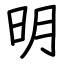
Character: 明